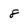
Character: 8